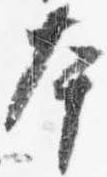
本